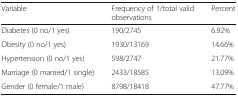
| Variable | Frequency of 1/total valid observations | Percent |
 | --- | --- | --- |
 | Diabetes (0 no/1 yes) | 190/2745 | 6.92% |
 | Obesity (0 no/1 yes) | 1930/13169 | 14.66% |
 | Hypertension (0 no/1 yes) | 598/2747 | 21.77% |
 | Marriage (0 married/1 single) | 2433/18585 | 13.09% |
 | Gender (0 female/1 male) | 8798/18418 | 47.77% |